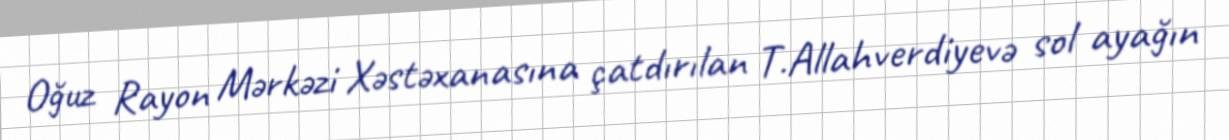
Oğuz Rayon Mərkəzi Xəstəxanasına çatdırılan T.Allahverdiyevə sol ayağın